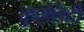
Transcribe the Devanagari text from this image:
क्रुएलिटी